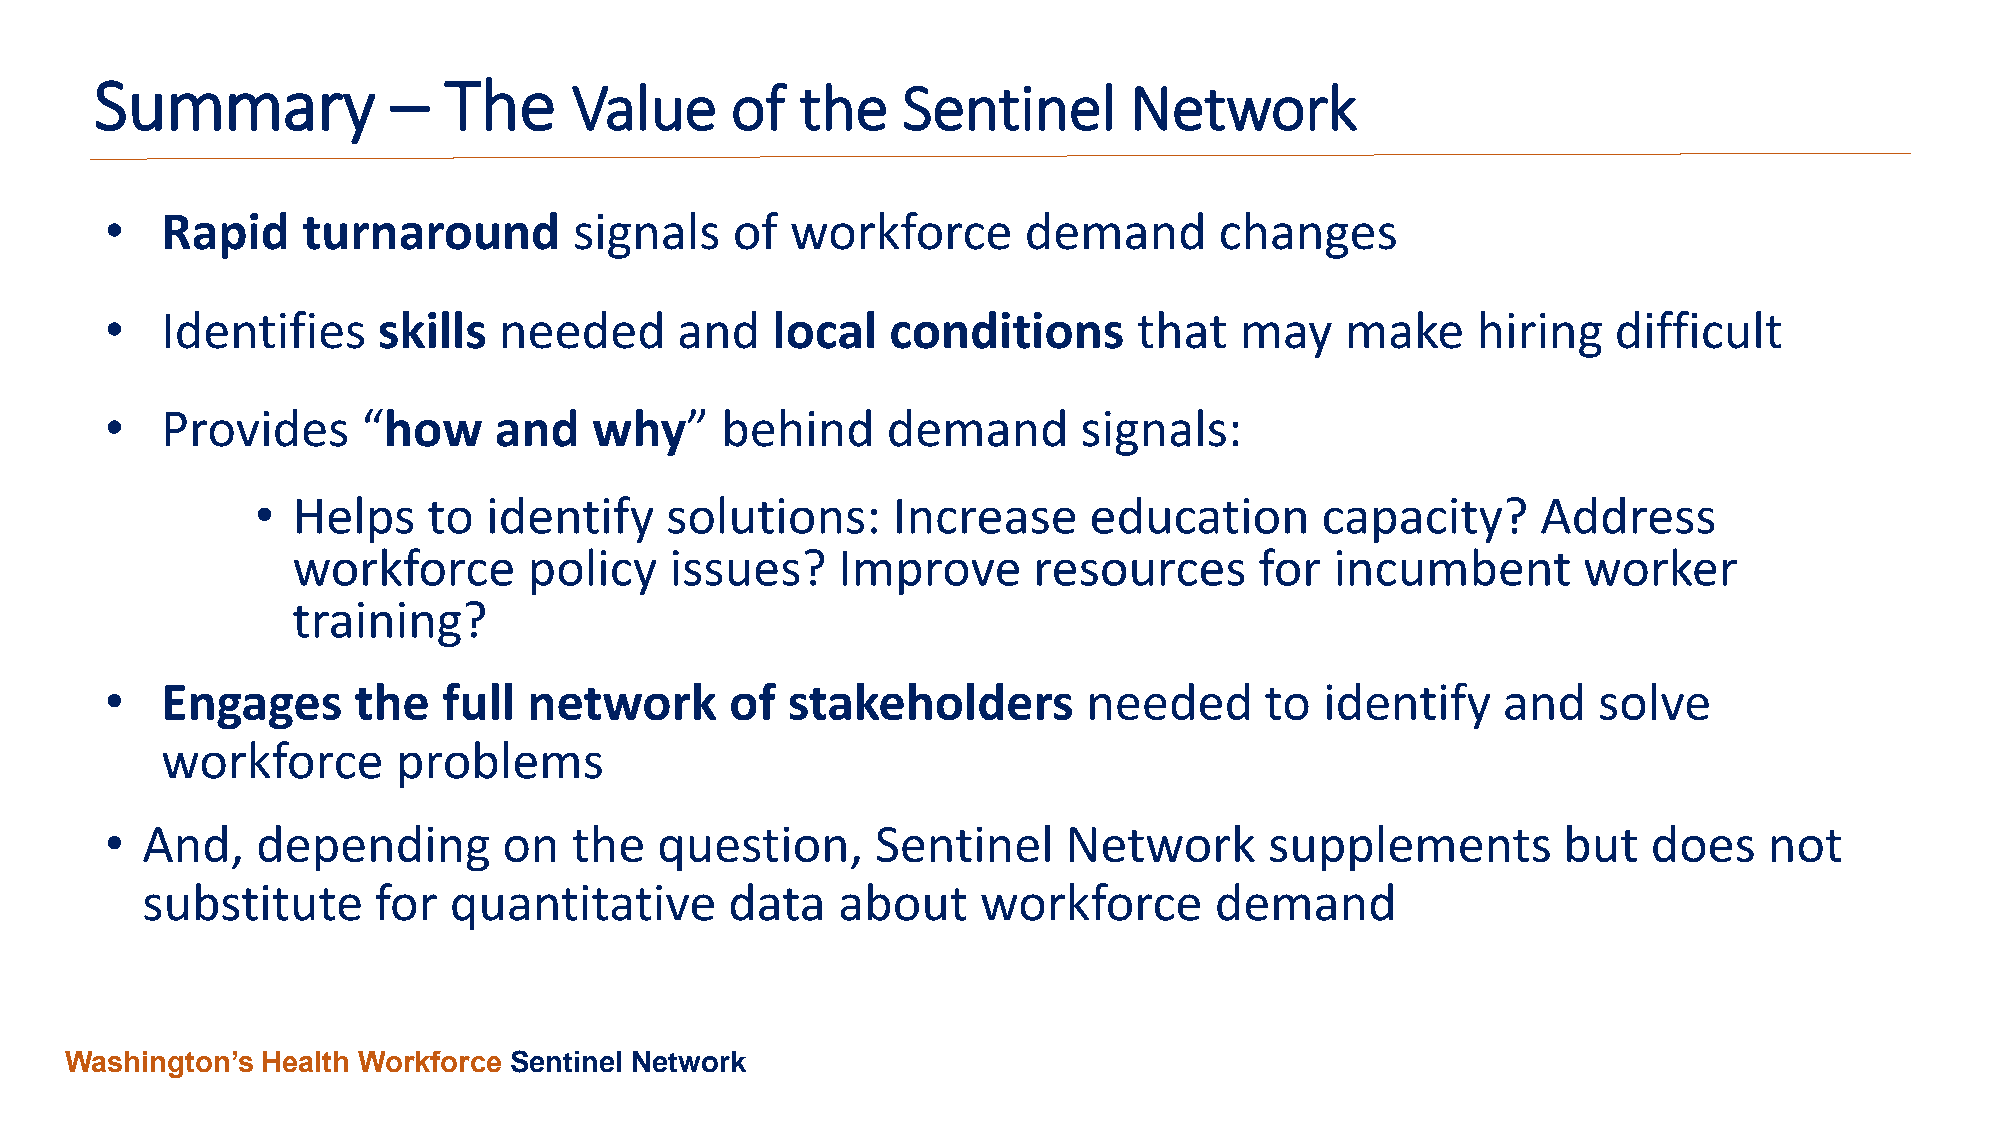
Summary             –  The      Value     of   the    Sentinel       Network
 •   Rapid    turnaround        signals   of  workforce       demand       changes
 •   Identifies    skills  needed      and   local   conditions      that   may    make     hiring   difficult
 •   Provides     “how     and   why”     behind     demand      signals:
 • Helps    to  identify    solutions:     Increase     education      capacity?      Address
 workforce       policy   issues?    Improve      resources      for  incumbent        worker
 training?
 •   Engages     the   full  network      of  stakeholders        needed      to  identify   and    solve
 workforce      problems
 • And,    depending       on   the  question,      Sentinel    Network       supplements        but   does    not
 substitute      for  quantitative      data   about     workforce      demand
 Washington’s Health Workforce Sentinel Network